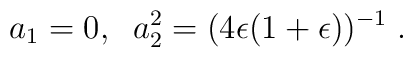
a_1 = 0, \; \; a_2^2 = (4 \epsilon (1 + \epsilon))^{- 1} \; .